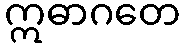
ဣဓာဂတေ